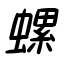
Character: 螺